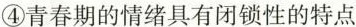
④青春期的情绪具有闭锁性的特点